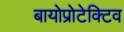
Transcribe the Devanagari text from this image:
बायोप्रोटेक्टिव